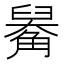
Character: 𧤑